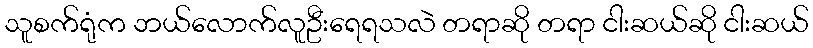
သူစက်ရုံက ဘယ်လောက်လူဦးရေရသလဲ တရာဆို တရာ ငါးဆယ်ဆို ငါးဆယ်